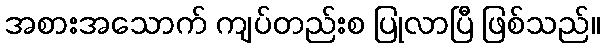
အစားအသောက် ကျပ်တည်းစ ပြုလာပြီ ဖြစ်သည်။